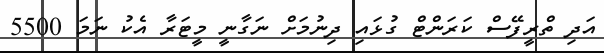
އަދި ތްރީފޭސް ކަރަންޓް ގުޅައި ދިނުމަށް ނަގާނީ މީޓަރާ އެކު ނަމަ 5500